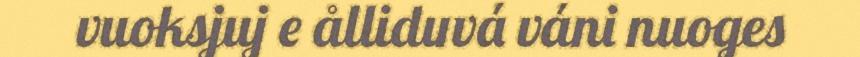
vuoksjuj e ålliduvá váni nuoges